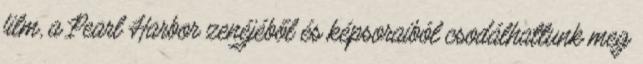
film, a Pearl Harbor zenéjéből és képsoraiból csodálhattunk meg